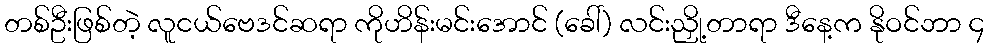
တစ်ဦးဖြစ်တဲ့ လူငယ်ဗေဒင်ဆရာ ကိုဟိန်းမင်းအောင် (ခေါ်) လင်းညှို့တာရာ ဒီနေ့က နိုဝင်ဘာ ၄